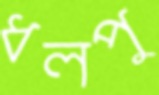
ধলপু